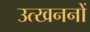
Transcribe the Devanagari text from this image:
उत्‍खननों